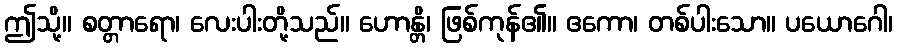
ဤသို့။ စတ္တာရော၊ လေးပါးတို့သည်။ ဟောန္တိ၊ ဖြစ်ကုန်၏။ ဧကော၊ တစ်ပါးသော။ ပယောဂေါ၊